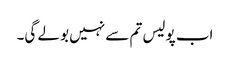
اب پولیس تم سے نہیں بولے گی۔